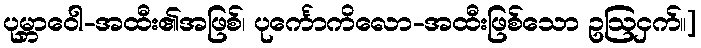
ပုမ္ဘာဝေါ-အထီး၏အဖြစ်၊ ပုင်္ကောကိလော-အထီးဖြစ်သော ဥဩငှက်။]